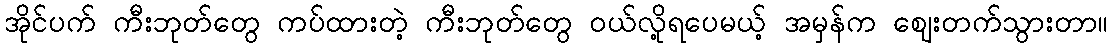
အိုင်ပက် ကီးဘုတ်တွေ ကပ်ထားတဲ့ ကီးဘုတ်တွေ ဝယ်လို့ရပေမယ့် အမှန်က ဈေးတက်သွားတာ။